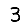
Digit: 3